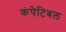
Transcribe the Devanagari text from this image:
कंपेटिबल